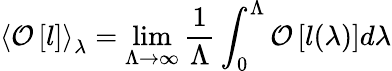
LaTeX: \left<\mathcal O\left[l\right]\right>_{\lambda}=\operatorname*{lim}_{\Lambda\to\infty}\frac{1}{\Lambda}\int_{0}^{\Lambda}\mathcal O\left[l(\lambda)\right]d\lambda